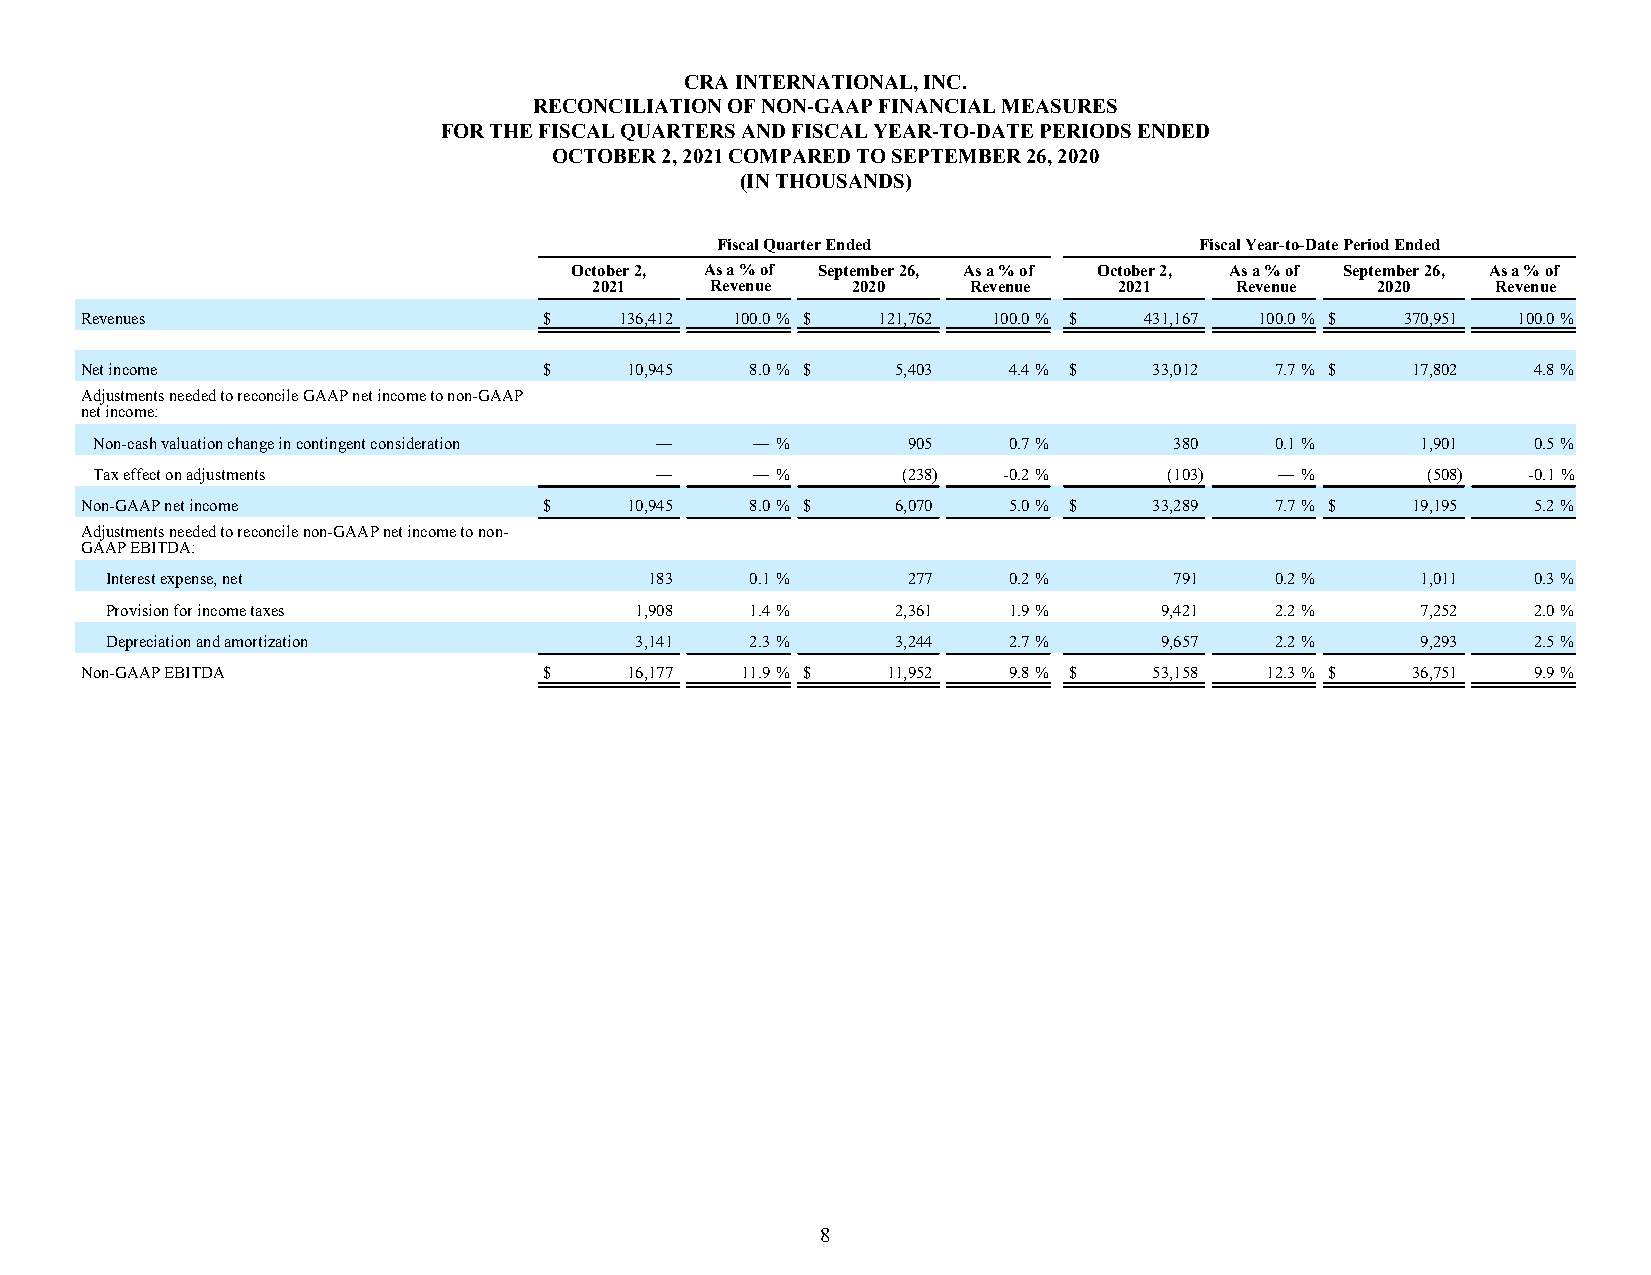
CRA INTERNATIONAL, INC.
 RECONCILIATION OF NON-GAAP FINANCIAL MEASURES
 FOR THE FISCAL QUARTERS AND FISCAL YEAR-TO-DATE PERIODS ENDED
 OCTOBER 2, 2021 COMPARED TO SEPTEMBER 26, 2020
 (IN THOUSANDS)
 Fiscal Quarter Ended            Fiscal Year-to-Date Period Ended
 October 2, As a % of September 26, As a % of October 2, As a % of September 26, As a % of
 2021    Revenue  2020    Revenue   2021    Revenue  2020    Revenue
 Revenues                       $    136,412 100.0 % $ 121,762 100.0 % $ 431,167 100.0 % $ 370,951 100.0 %
 Net income                     $    10,945   8.0 % $  5,403   4.4 % $  33,012  7.7 % $  17,802   4.8 %
 Adjustments needed to reconcile GAAP net income to non-GAAP
 net income:
 Non-cash valuation change in contingent consideration — — % 905 0.7 %   380   0.1 %     1,901   0.5 %
 Tax effect on adjustments            —      — %       (238) -0.2 %     (103)   — %      (508)  -0.1 %
 Non-GAAP net income            $    10,945   8.0 % $  6,070   5.0 % $  33,289  7.7 % $  19,195   5.2 %
 Adjustments needed to reconcile non-GAAP net income to non-
 GAAP EBITDA:
 Interest expense, net               183    0.1 %     277    0.2 %      791   0.2 %     1,011   0.3 %
 Provision for income taxes         1,908   1.4 %    2,361   1.9 %     9,421  2.2 %     7,252   2.0 %
 Depreciation and amortization      3,141   2.3 %    3,244   2.7 %     9,657  2.2 %     9,293   2.5 %
 Non-GAAP EBITDA                $    16,177  11.9 % $  11,952  9.8 % $  53,158  12.3 % $ 36,751   9.9 %
 8